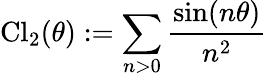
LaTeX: \mathrm{Cl}_{2}(\theta):=\sum_{n>0}\frac{\sin(n\theta)}{n^{2}}